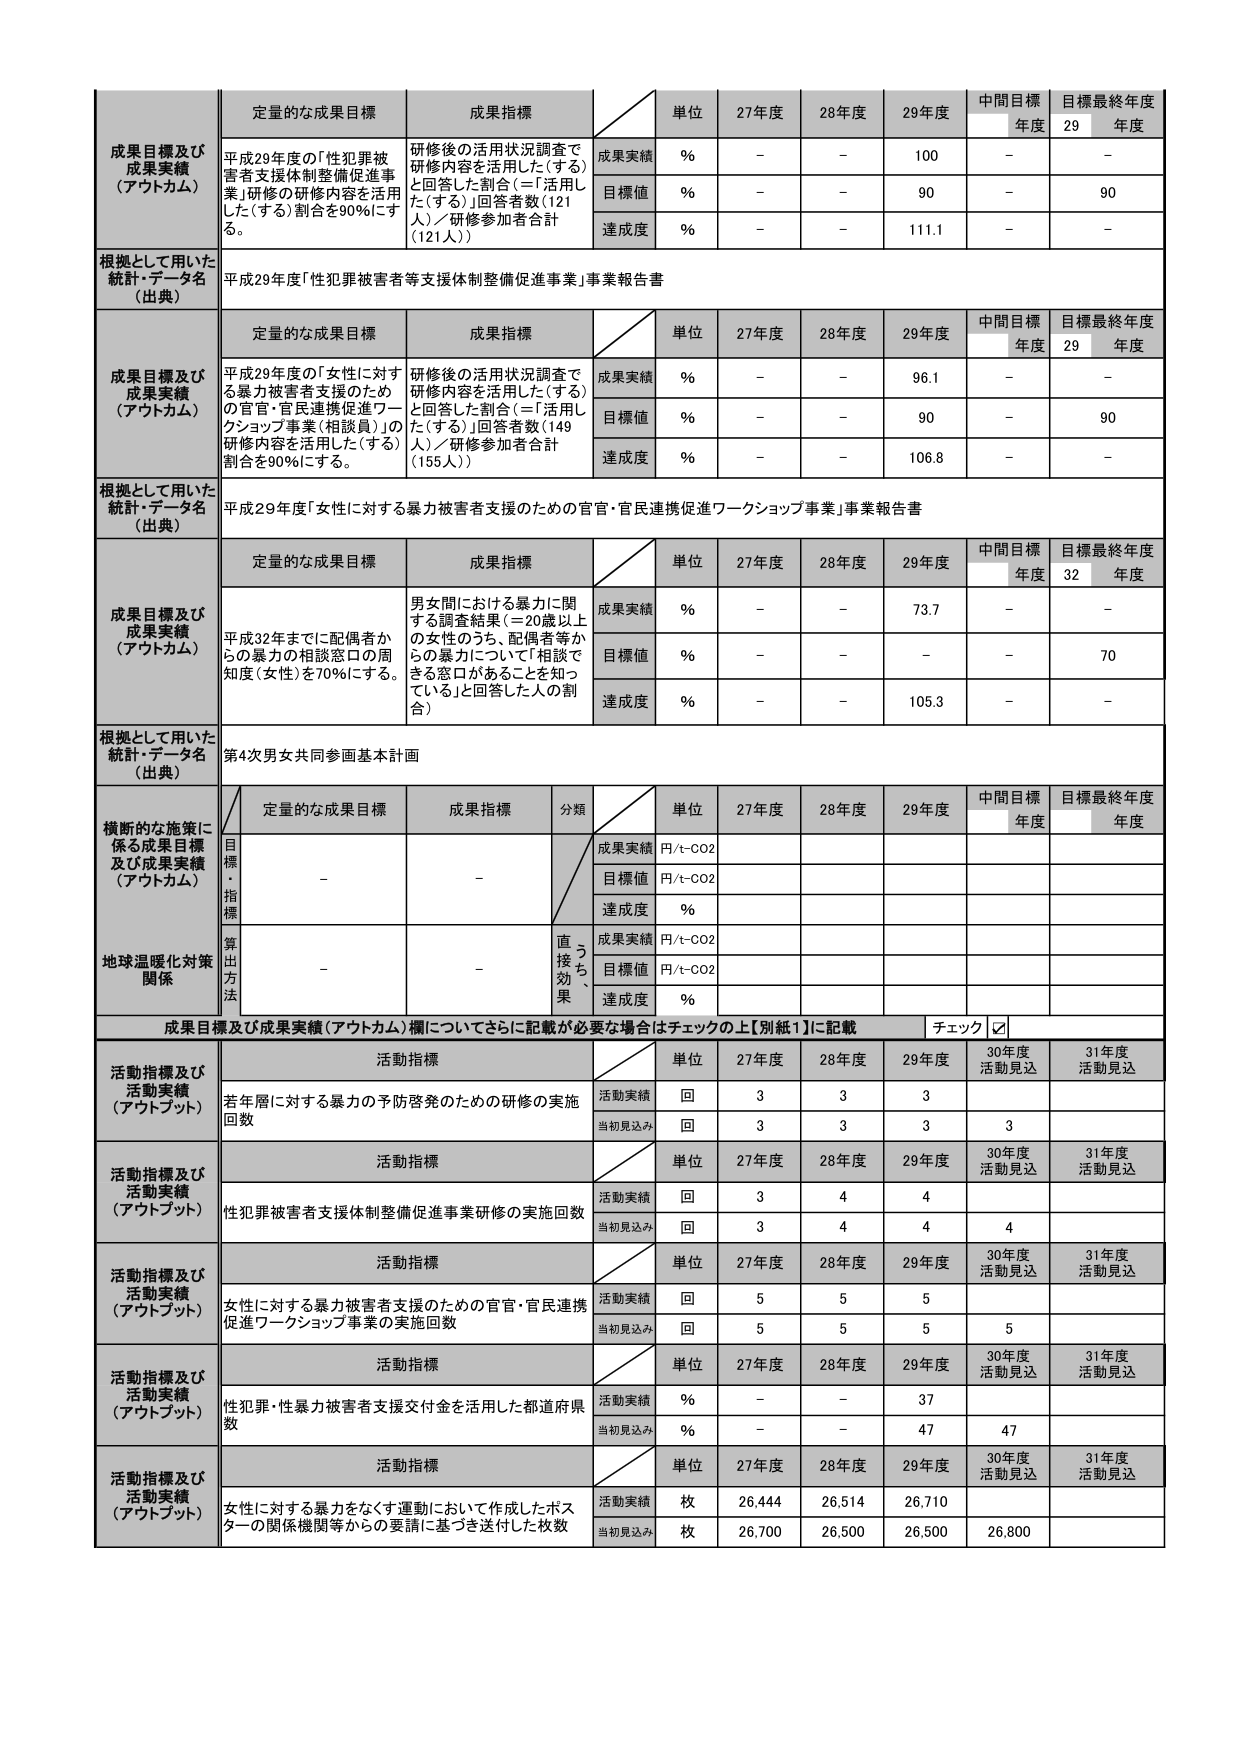
成果目標及び
成果実績
（アウトカム）

定量的な成果目標
成果指標

単位
27年度
28年度
29年度
中間目標
年度
目標最終年度
29
年度

平成29年度の「性犯罪被害者支援体制整備促進事業」研修の研修内容を活用した（する）割合を90％にする。
研修後の活用状況調査で研修内容を活用した（する）と回答した割合（＝「活用した（する）」回答者数（121人）／研修参加者合計（121人））

成果実績
%
－
－
100
－
－

目標値
%
－
－
90
－
90

達成度
%
－
－
111.1
－
－

根拠として用いた
統計・データ名
（出典）
平成29年度「性犯罪被害者等支援体制整備促進事業」事業報告書

成果目標及び
成果実績
（アウトカム）

定量的な成果目標
成果指標

単位
27年度
28年度
29年度
中間目標
年度
目標最終年度
29
年度

平成29年度の「女性に対する暴力被害者支援のための官官・官民連携促進ワークショップ事業（相談員）」の研修内容を活用した（する）割合を90％にする。
研修後の活用状況調査で研修内容を活用した（する）と回答した割合（＝「活用した（する）」回答者数（149人）／研修参加者合計（155人））

成果実績
%
－
－
96.1
－
－

目標値
%
－
－
90
－
90

達成度
%
－
－
106.8
－
－

根拠として用いた
統計・データ名
（出典）
平成29年度「女性に対する暴力被害者支援のための官官・官民連携促進ワークショップ事業」事業報告書

成果目標及び
成果実績
（アウトカム）

定量的な成果目標
成果指標

単位
27年度
28年度
29年度
中間目標
年度
目標最終年度
32
年度

平成32年度までに配偶者からの暴力の相談窓口の周知度（女性）を70％にする。
男女間における暴力に関する調査結果（＝20歳以上の女性のうち、配偶者等からの暴力について「相談できる窓口があることを知っている」と回答した人の割合）

成果実績
%
－
－
73.7
－
－

目標値
%
－
－
－
－
70

達成度
%
－
－
105.3
－
－

根拠として用いた
統計・データ名
（出典）
第4次男女共同参画基本計画

横断的な施策に
係る成果目標
及び成果実績
（アウトカム）

定量的な成果目標
成果指標
分類

単位
27年度
28年度
29年度
中間目標
年度
目標最終年度
年度

目標・指標
－
－
成果実績
円/t-CO2

目標値
円/t-CO2

達成度
%

地球温暖化対策
関係
－
－
直接効果
成果実績
円/t-CO2

目標値
円/t-CO2

達成度
%

成果目標及び成果実績（アウトカム）欄についてさらに記載が必要な場合はチェックの上【別紙1】に記載
チェック
☑

活動指標及び
活動実績
（アウトプット）

活動指標

単位
27年度
28年度
29年度
30年度
活動見込
31年度
活動見込

若年層に対する暴力の予防啓発のための研修の実施回数
活動実績
回
3
3
3

当初見込み
回
3
3
3
3

活動指標及び
活動実績
（アウトプット）

活動指標

単位
27年度
28年度
29年度
30年度
活動見込
31年度
活動見込

性犯罪被害者支援体制整備促進事業研修の実施回数
活動実績
回
3
4
4

当初見込み
回
3
4
4
4

活動指標及び
活動実績
（アウトプット）

活動指標

単位
27年度
28年度
29年度
30年度
活動見込
31年度
活動見込

女性に対する暴力被害者支援のための官官・官民連携促進ワークショップ事業の実施回数
活動実績
回
5
5
5

当初見込み
回
5
5
5
5

活動指標及び
活動実績
（アウトプット）

活動指標

単位
27年度
28年度
29年度
30年度
活動見込
31年度
活動見込

性犯罪・性暴力被害者支援交付金を活用した都道府県数
活動実績
%
－
－
37

当初見込み
%
－
－
47
47

活動指標及び
活動実績
（アウトプット）

活動指標

単位
27年度
28年度
29年度
30年度
活動見込
31年度
活動見込

女性に対する暴力をなくす運動において作成したポスターの関係機関等からの要請に基づき送付した枚数
活動実績
枚
26,444
26,514
26,710

当初見込み
枚
26,700
26,500
26,500
26,800